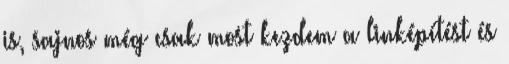
is, sajnos még csak most kezdem a linképítést és